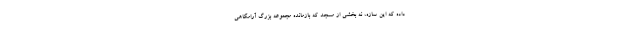
داده که این سازه، نه بخشی از مسجد که بازمانده مجموعه بزرگ آرامگاهی